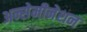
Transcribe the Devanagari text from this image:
अन्सेमीनेशन